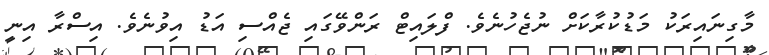
މާގިނައިރަކު މަޑުކުރާކަށް ނުޖެހުނެވެ. ފްލައިޓް ރަންވޭގައި ޖެއްސި އަޑު އިވުނެވެ. އިސްރާ އިނީ